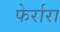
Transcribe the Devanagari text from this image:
फेर्रारा